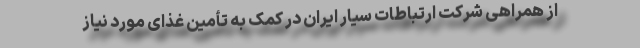
از همراهی شرکت ارتباطات سیار ایران در کمک به تأمین غذای مورد نیاز